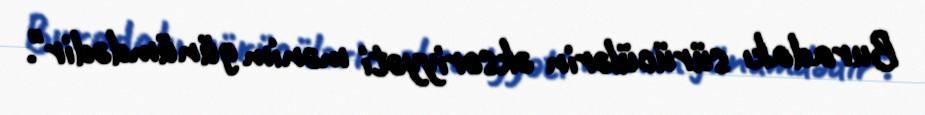
Buradakı sürücülərin əksəriyyəti mənim günümdədir".